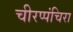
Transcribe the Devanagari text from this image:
चीरप्पंचिरा